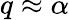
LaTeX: q\approx\alpha